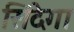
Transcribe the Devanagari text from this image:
सिंदेगा